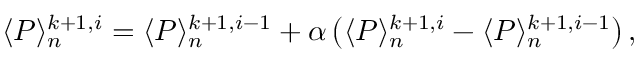
\langle P \rangle _ { n } ^ { k + 1 , i } = \langle P \rangle _ { n } ^ { k + 1 , i - 1 } + \alpha \left( \langle P \rangle _ { n } ^ { k + 1 , i } - \langle P \rangle _ { n } ^ { k + 1 , i - 1 } \right) ,